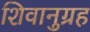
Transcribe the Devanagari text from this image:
शिवानुग्रह